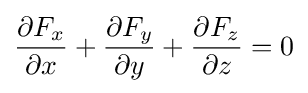
{\frac {\partial F_{x}}{\partial x}}+{\frac {\partial F_{y}}{\partial y}}+{\frac {\partial F_{z}}{\partial z}}=0